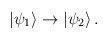
\begin{align*}|\psi_1\rangle \rightarrow |\psi_2\rangle\,.\end{align*}